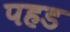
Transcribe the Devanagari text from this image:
पहड